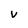
Character: V